Report on the working of the Ranchi Indian Mental Hospital, Kanke, in Bihar and Orissa - 1930-1940
Year: 1930
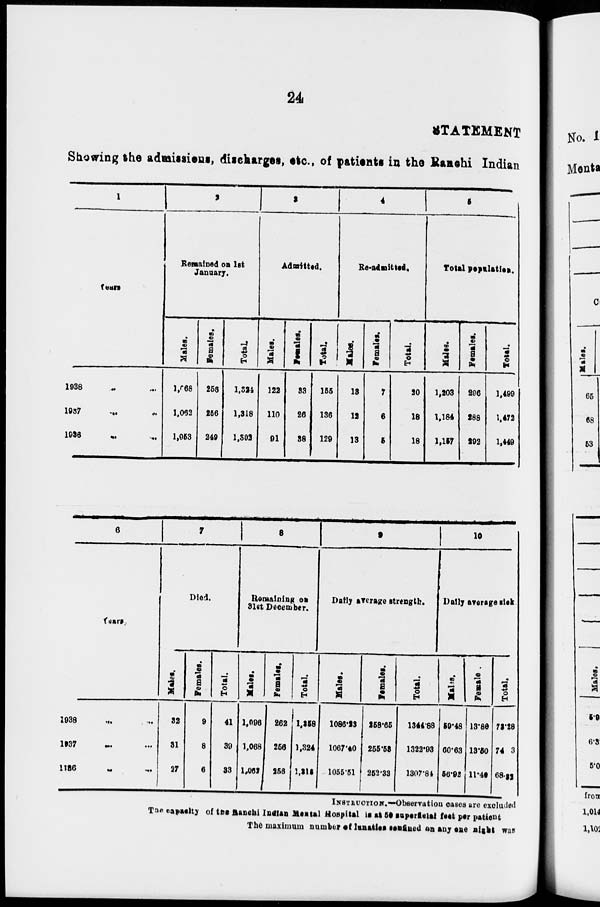
24
STATEMENT
Showing the admissions, discharges, etc., of patients in the Ranchi Indian
1
Years.
1938 ... ...
1937
...
...
1936 ... ...
2
Remained on 1st
January.
Males.
1,068
1,092
1,053
Females.
258
256
249
Total.
1,324
1,318
1,302
3
Admitted.
Males.
122
110
91
Females.
33
26
38
Total.
155
136
129
4
Re-adtaitted.
Males.
13
12
13
Females.
7
6
5
Total.
20
18
18
5
Total papulation.
Males.
1,203
1,184
1,157
Females.
296
288
292
Total.
1,499
1,472
1,449
6
Years.
1938
...
...
1937 ... ...
1936
...
...
7
Died.
Males.
32
31
27
Females.
9
8
6
Total.
41
39
33
8
Remaining on
31st December.
Males.
1,096
1,068
1,062
Females.
262
266
256
Total.
1,358
1,324
1,318
9
Daily average strength.
Males.
1086.23
1067.40
1055.51
Females.
258.65
255.58
252.33
Total.
1344.88
1322.93
1307.84
10
Daily average sick
Males.
59.48
60.63
56.92
Females
.
13.80
13.50
11.48
Total.
73.28
74 3
68.32
INSTRUCTION.—Observation cases are excluded
The espacity of the Ranchi Indian Mental Hospital is at 50 superfcial feet per patient
The maximum number of lunatics confined on any one night was